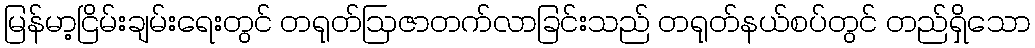
မြန်မာ့ငြိမ်းချမ်းရေးတွင် တရုတ်ဩဇာတက်လာခြင်းသည် တရုတ်နယ်စပ်တွင် တည်ရှိသော